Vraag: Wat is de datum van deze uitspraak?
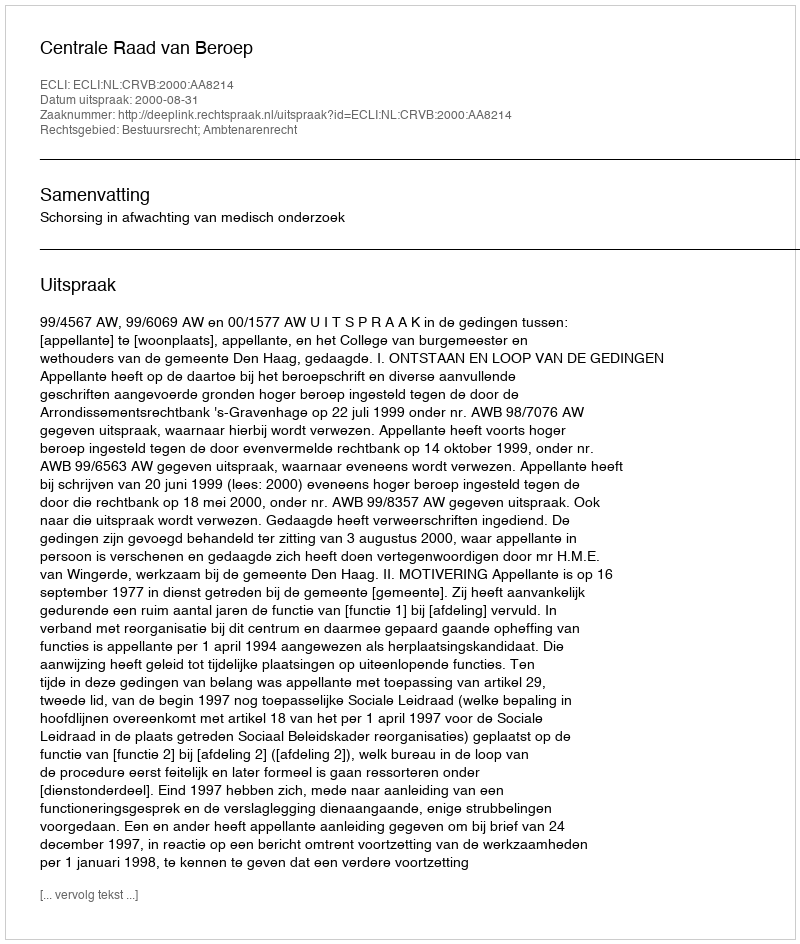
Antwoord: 2000-08-31